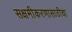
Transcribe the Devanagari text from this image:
सक्षमीकरणासाठीचा